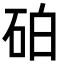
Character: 砶